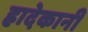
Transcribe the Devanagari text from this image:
ह्रादेकानी